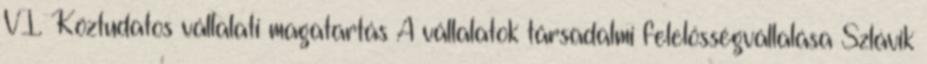
VI. Köztudatos vállalati magatartás A vállalatok társadalmi felelősségvállalása Szlávik